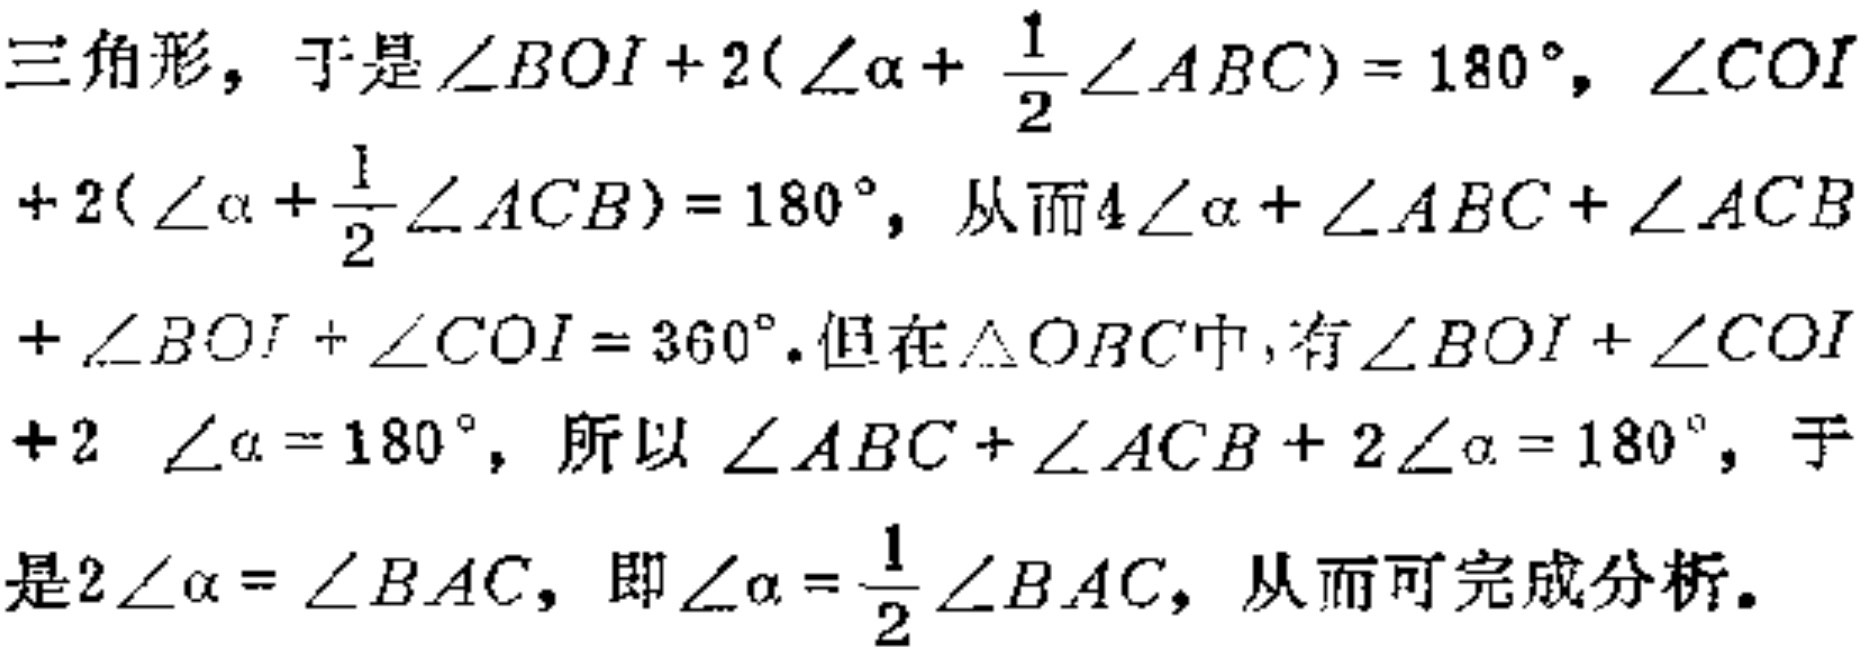
三角形，于是\(\angle BOI + 2(\angle\alpha + \frac{1}{2}\angle ABC)=180^{\circ}\)，\(\angle COI + 2(\angle\alpha + \frac{1}{2}\angle ACB)=180^{\circ}\)，从而\(4\angle\alpha+\angle ABC+\angle ACB+\angle BOI+\angle COI = 360^{\circ}\). 但在\(\triangle OBC\)中，有\(\angle BOI+\angle COI + 2\angle\alpha=180^{\circ}\)，所以\(\angle ABC+\angle ACB + 2\angle\alpha=180^{\circ}\)，于是\(2\angle\alpha=\angle BAC\)，即\(\angle\alpha=\frac{1}{2}\angle BAC\)，从而可完成分析。